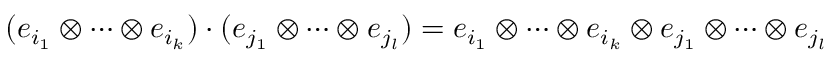
( e _ { i _ { 1 } } \otimes \cdots \otimes e _ { i _ { k } } ) \cdot ( e _ { j _ { 1 } } \otimes \cdots \otimes e _ { j _ { l } } ) = e _ { i _ { 1 } } \otimes \cdots \otimes e _ { i _ { k } } \otimes e _ { j _ { 1 } } \otimes \cdots \otimes e _ { j _ { l } }